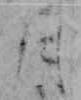
月